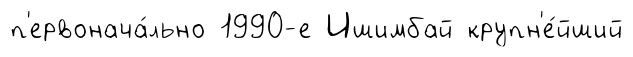
п'ервонача́льно 1990-е Ишимбай крупн'е́йший